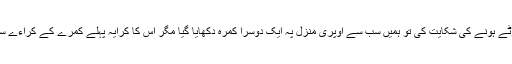
ہم نے کمرے کے چھوٹے ہونے کی شکایت کی تو ہمیں سب سے اوپری منزل پہ ایک دوسرا کمرہ دکھایا گیا مگر اس کا کرایہ پہلے کمرے کے کراءے سے کہیں زیادہ بتایا گیا۔